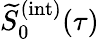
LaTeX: \widetilde{S}_{0}^{(\mathrm{int})}(\tau)